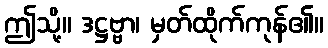
ဤသို့။ ဒဋ္ဌဗ္ဗာ၊ မှတ်ထိုက်ကုန်၏။